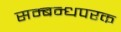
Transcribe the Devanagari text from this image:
सम्बन्धपरक